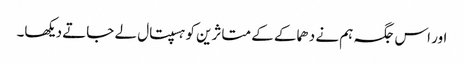
اور اس جگہ ہم نے دھماکے کے متاثرین کو ہسپتال لے جاتے دیکھا۔